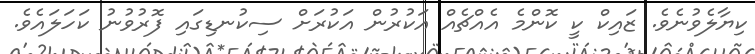
ކިޔާލެވުނެވެ. ޒައިކް ކީ ކޮންމެ އެއްޗެއް އަކުރުން އަކުރަށް ސިކުނޑިގައި ފޮރުވުނު ކަހަލައެވެ.